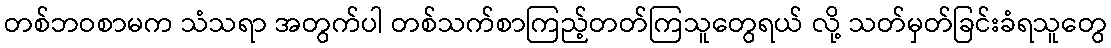
တစ်ဘဝစာမက သံသရာ အတွက်ပါ တစ်သက်စာကြည့်တတ်ကြသူတွေရယ် လို့ သတ်မှတ်ခြင်းခံရသူတွေ